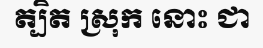
ត្បិត ស្រុក នោះ ជា